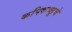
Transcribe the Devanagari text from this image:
कपिकच्छूचे